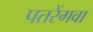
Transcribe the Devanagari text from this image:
पतरेंगवा